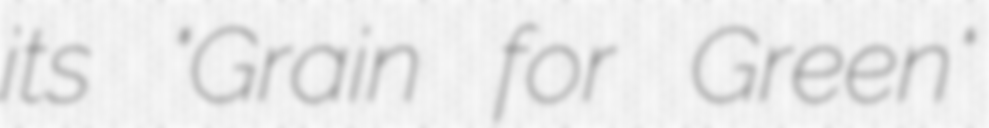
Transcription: its "Grain for Green"